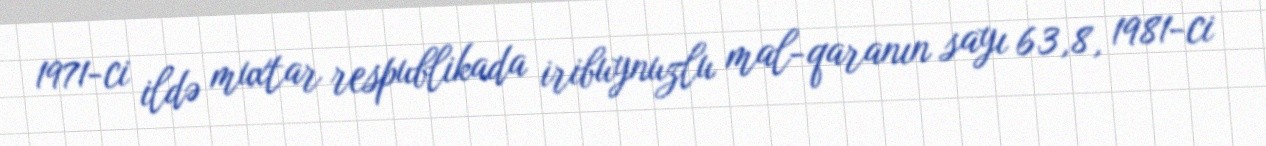
1971-ci ildə muxtar respublikada iribuynuzlu mal-qaranın sayı 63,8, 1981-ci